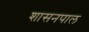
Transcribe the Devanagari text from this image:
शासनपाल